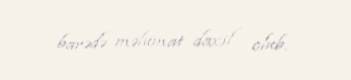
barədə məlumat daxil olub.